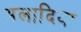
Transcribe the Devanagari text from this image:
अलादिया